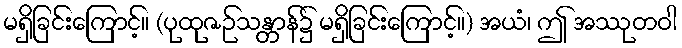
မရှိခြင်းကြောင့်။ (ပုထုဇဉ်သန္တာန်၌ မရှိခြင်းကြောင့်။) အယံ၊ ဤ အဿုတဝါ